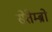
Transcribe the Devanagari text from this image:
सेतेम्ब्रो